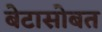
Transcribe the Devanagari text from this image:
बेटासोबत